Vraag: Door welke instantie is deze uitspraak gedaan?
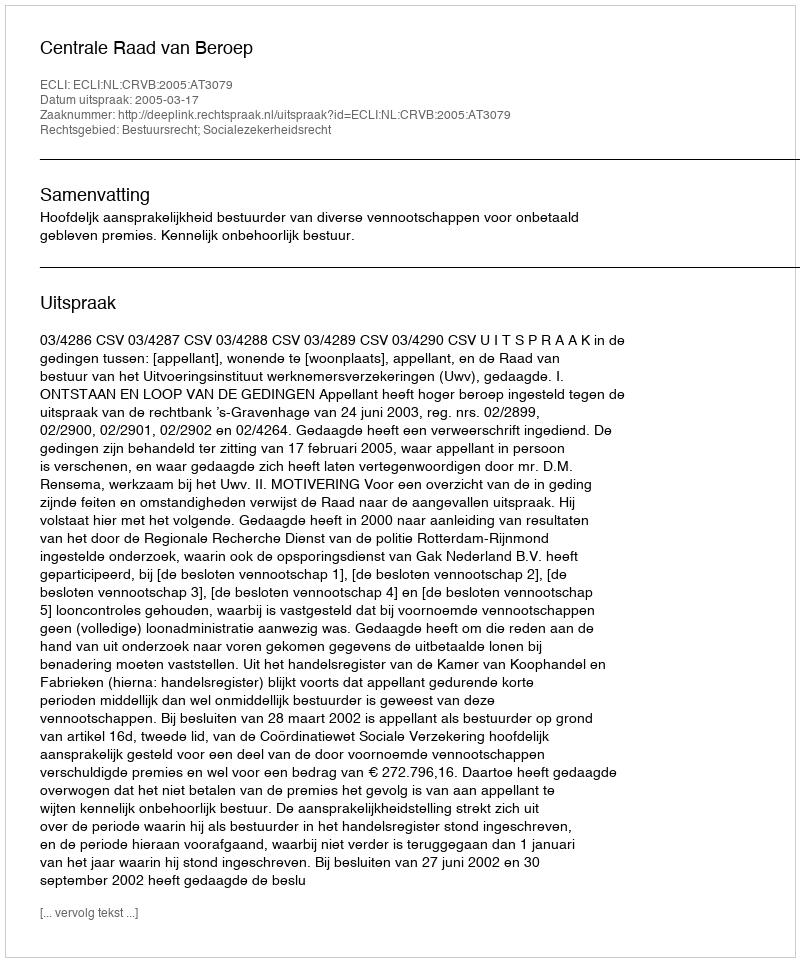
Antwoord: Centrale Raad van Beroep